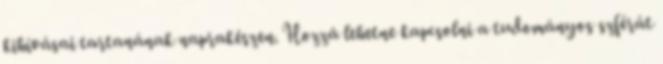
kihívásai tartanának naprakészen. Hozzá lehetne kapcsolni a tudományos szférát